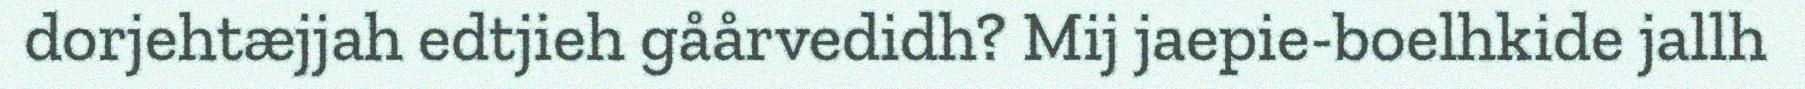
dorjehtæjjah edtjieh gåårvedidh? Mij jaepie-boelhkide jallh